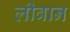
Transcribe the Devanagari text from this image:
लीवान